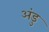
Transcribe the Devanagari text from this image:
अंडु